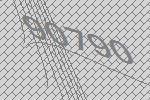
90790